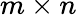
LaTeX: m\times n